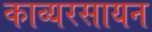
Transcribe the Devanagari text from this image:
काव्यरसायन